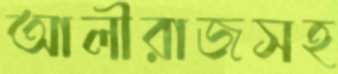
আলীরাজসহ